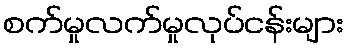
စက်မှုလက်မှုလုပ်ငန်းများ